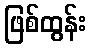
ဖြစ်ထွန်း